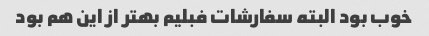
خوب بود البته سفارشات فبلیم بهتر از این هم بود